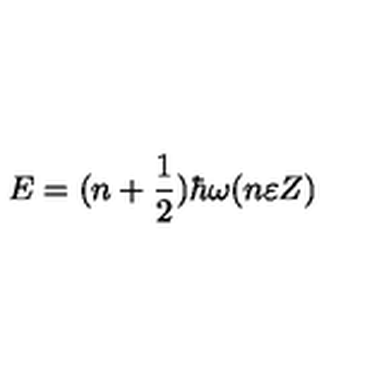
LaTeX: E = ( n + \frac { 1 } { 2 } ) \hbar \omega ( n \varepsilon Z )